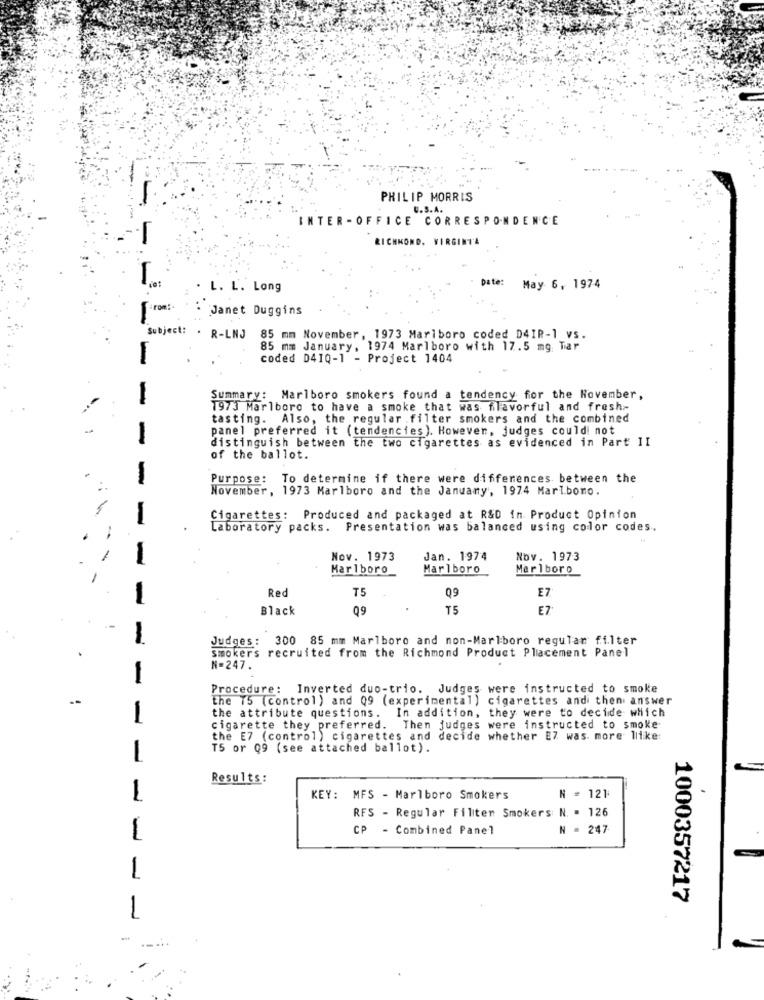
1
PHILIP MORRIS
U.S.A.
INTER - OFFICE CORRESPONDENCE
RICHMOND, VIRGINIA
-
Date:
L. L. Long
May 6, 1974
From:
Janet Duggins
--
Subject:
R-LNJ 85 mm November, 1973 Marlboro coded D4IR-1 vs.
85 mm January, 1974 Marlboro with 17.5 mg. Tar
coded D41Q-1 - Project 1404
-
Summary: Marlboro smokers found a tendency for the November,
1973 Marlboro to have a smoke that was flavorful and fresh-
tasting. Also, the regular .filter smokers and the combined
panel preferred it (tendencies). However, judges could not
-
distinguish between the two cigarettes as evidenced in Part II
of the ballot.
Purpose: To determine if there were differences between the
November, 1973 Marlboro and the Januamy, 1974 Marlbomo.
Cigarettes: Produced and packaged at R&D in Product Opinion
Laboratory packs. Presentation was balanced using color codes.
Nov. 1973
Jan. 1974
Nov. 1973
Marlboro
Marlboro
Marlboro
Red
T5
09
E7
Black
09
T5
E7
Judges: 300 85 mm Marlboro and non-Marlboro regular filter
.
smokers recruited from the Richmond Product Placement Panel
N=247.
-
Procedure: Inverted duo-trio. Judges were instructed to smoke
the 75 (control ) and 09 (experimental) cigarettes and then answer
the attribute questions. In addition, they were to decide which
-
cigarette they preferred. Then judges were instructed to smoke
the E7 (control ) cigarettes and decide whether E7 was more like
T5 or Q9 (see attached ballot).
-
Results:
KEY:
MFS - Marlboro Smokers
N = 121
RFS - Regular Filiten Smokers N. = 126
CP - Combined Panel
N = 247
1
1
1000357217
1